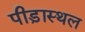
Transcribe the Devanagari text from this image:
पीड़ास्थल